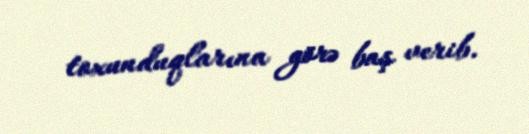
toxunduqlarına görə baş verib.